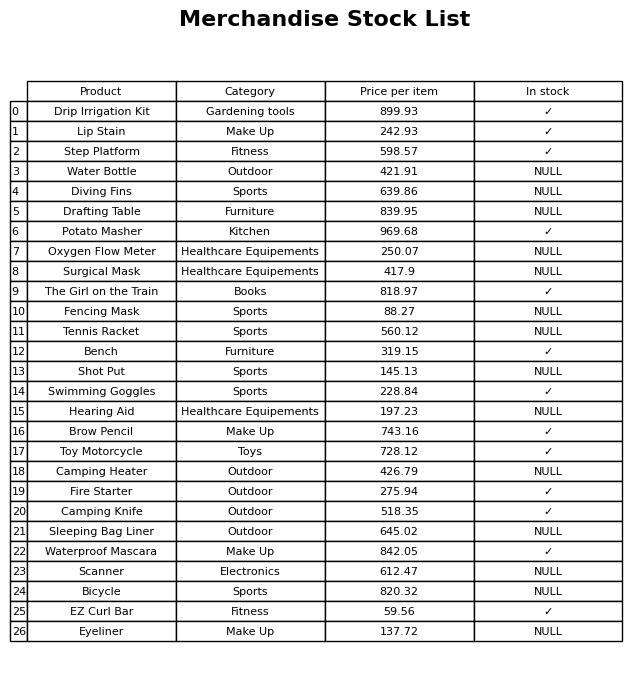
question: What is the price for Drafting Table?
answer: The price of Drafting Table is 839.95.